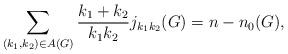
LaTeX: \begin{align*} \sum_{(k_1,k_{2})\in A(G)} \frac{k_1+k_2}{k_1k_2}j_{k_1k_2}(G)=n-n_0(G),\end{align*}